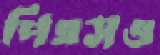
পিএসও